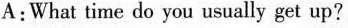
A:What wime do you yusualiy get up?